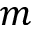
m